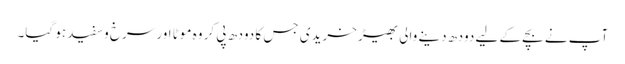
آپ نے بچے کے لیے دودھ دینے والی بھیڑ خریدی جس کا دودھ پی کر وہ موٹا اور سرخ وسفید ہو گیا۔